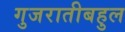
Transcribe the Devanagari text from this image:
गुजरातीबहुल